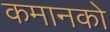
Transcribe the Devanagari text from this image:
कमानको